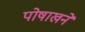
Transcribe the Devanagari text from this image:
पोषाखने